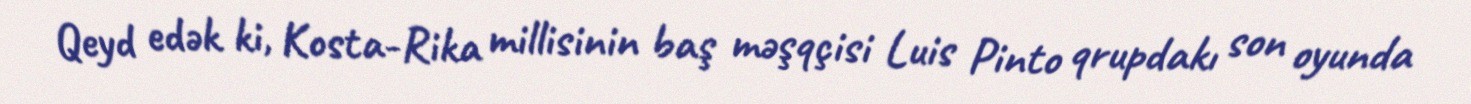
Qeyd edək ki, Kosta-Rika millisinin baş məşqçisi Luis Pinto qrupdakı son oyunda